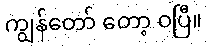
ကျွန်တော် တော့ ဝပြီ။